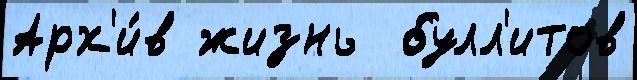
Арх'и́в жизнь  булл'итов